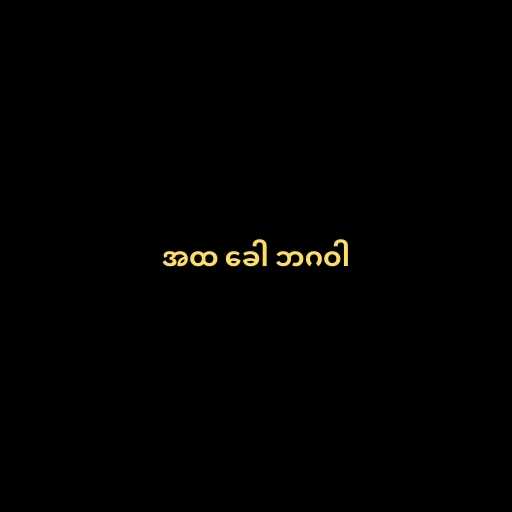
အထ ခေါ ဘဂဝါ